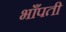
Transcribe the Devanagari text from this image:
भाँपती